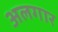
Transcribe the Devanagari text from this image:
अलगार